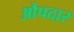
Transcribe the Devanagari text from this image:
औपदार